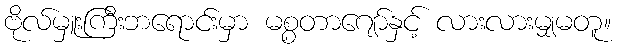
ဗိုလ်မှူးကြီးဘရောင်းမှာ မစ္စတာဂျော်နှင့် လားလားမျှမတူ။